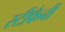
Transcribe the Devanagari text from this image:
स्टीफैनी